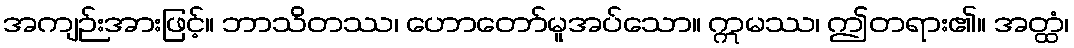
အကျဉ်းအားဖြင့်။ ဘာသိတဿ၊ ဟောတော်မူအပ်သော။ ဣမဿ၊ ဤတရား၏။ အတ္ထံ၊